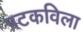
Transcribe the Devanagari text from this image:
पटकविला